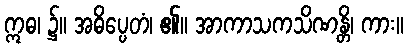
ဣဓ၊ ၌။ အဓိပ္ပေတံ၊ ၏။ အာကာသကသိဏန္တိ၊ ကား။